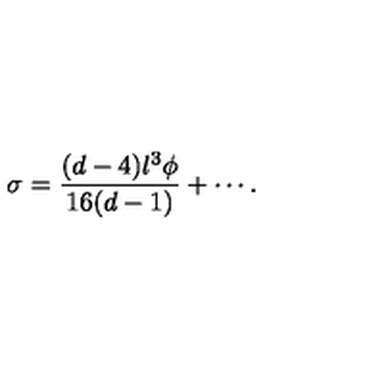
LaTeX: \sigma = \frac { ( d - 4 ) l ^ { 3 } \phi } { 1 6 ( d - 1 ) } + \cdots .